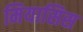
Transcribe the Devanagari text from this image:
मियासिस